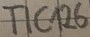
Text: TIC126